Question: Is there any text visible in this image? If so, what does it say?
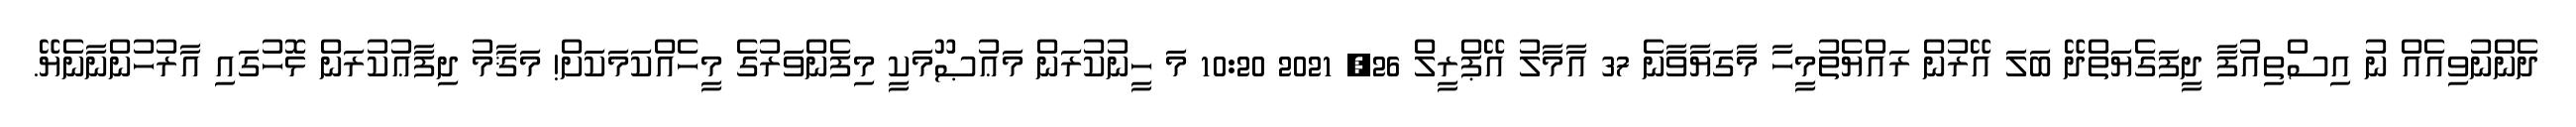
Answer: ދެންނުވިއެއް ނު އިސްތިއުފާ ދީފަގެޔަތްދޭ ބަލަ އޭރުން ރައްޔެތުމީހާ މާގަޔާވާނެ 37 އާމާލު އޭޕްރީލް 26, 2021 10:20 މަ ހީނުކުރަން މަޢުޞޫމަކީ މިފެންވަރުގެ މީހެއްކަމަކަށް! މަޤާމު ދިފާޢުކުރަން ޅޮހުގައި އާރުހުންނާނެޔޭ.